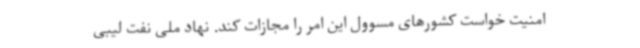
امنیت خواست کشورهای مسوول این امر را مجازات کند. نهاد ملی نفت لیبی